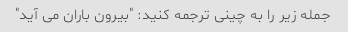
جمله زیر را به چینی ترجمه کنید: "بیرون باران می آید"